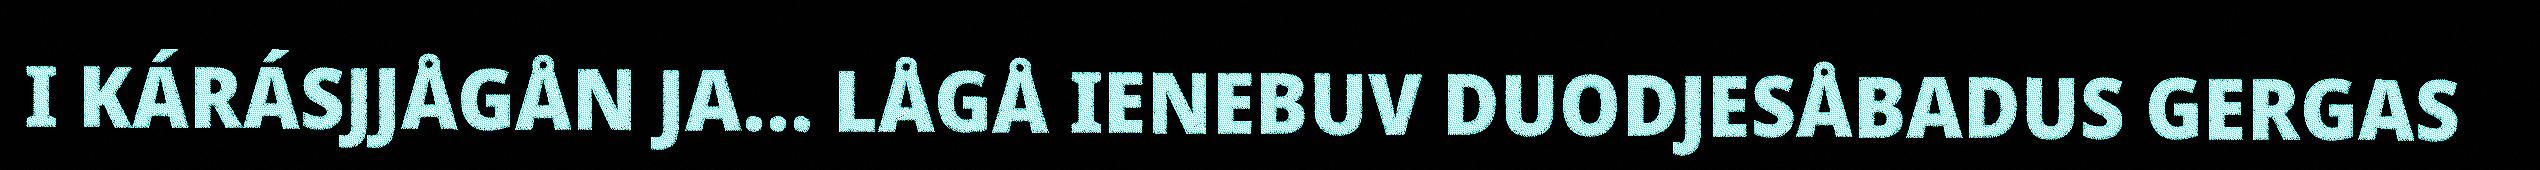
I KÁRÁSJJÅGÅN JA... LÅGÅ IENEBUV DUODJESÅBADUS GERGAS